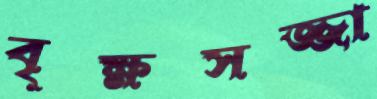
বৃক্ষসজ্জা